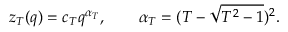
z _ { T } ( q ) = c _ { T } q ^ { \alpha _ { T } } , \qquad \alpha _ { T } = ( T - \sqrt { T ^ { 2 } - 1 } ) ^ { 2 } .